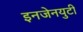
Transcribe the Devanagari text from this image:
इनजेनयुटी